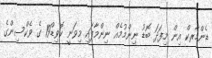
ޑެންމާރކް އިން މިފަދަ ބޮޑު ނިންމުމެއް ނިންމާފައި މިވަނީ ކޮވިޑް19 ގެ ވެކްސިންގެ